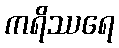
ကရိဿရေ